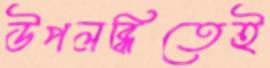
উপলব্ধিতেই